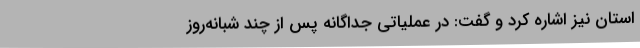
استان نیز اشاره کرد و گفت: در عملیاتی جداگانه پس از چند شبانه‌روز